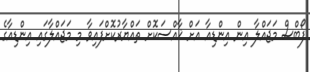
ފޯބްސް މަޖައްލާ އިން އިންޑިއާ އަށް ޚާއްސަކޮށް ތައްޔާރުކޮށްފައިވާ މި މަޖައްލާގައި އިންޑިއާގެ